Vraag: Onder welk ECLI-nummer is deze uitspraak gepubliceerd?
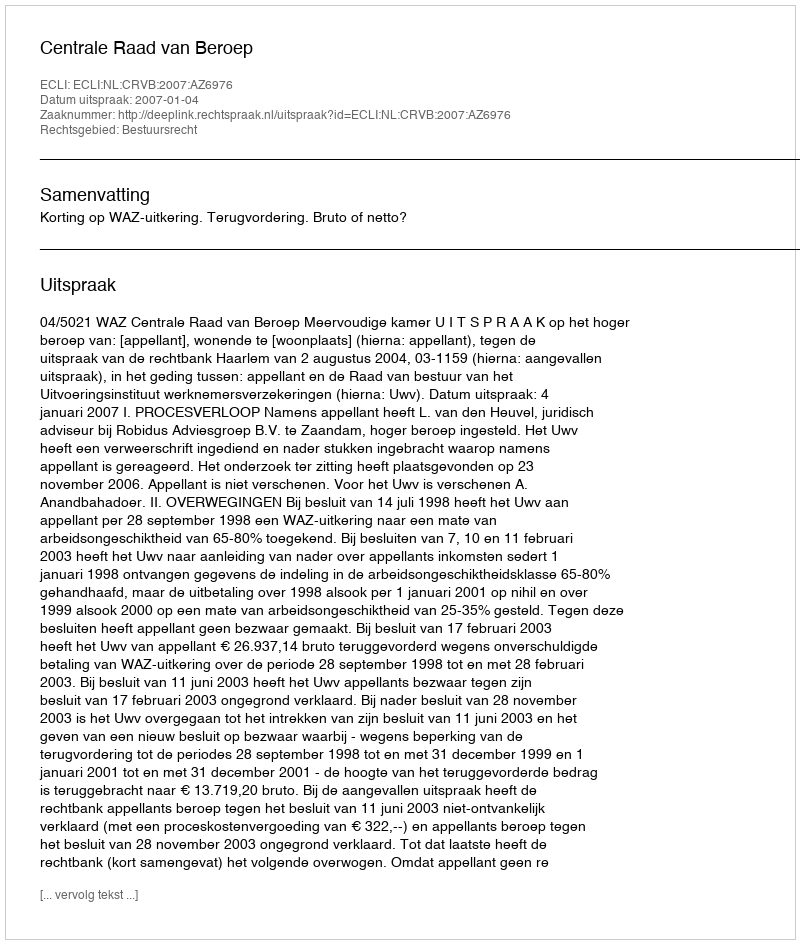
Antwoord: ECLI:NL:CRVB:2007:AZ6976